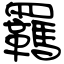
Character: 羈